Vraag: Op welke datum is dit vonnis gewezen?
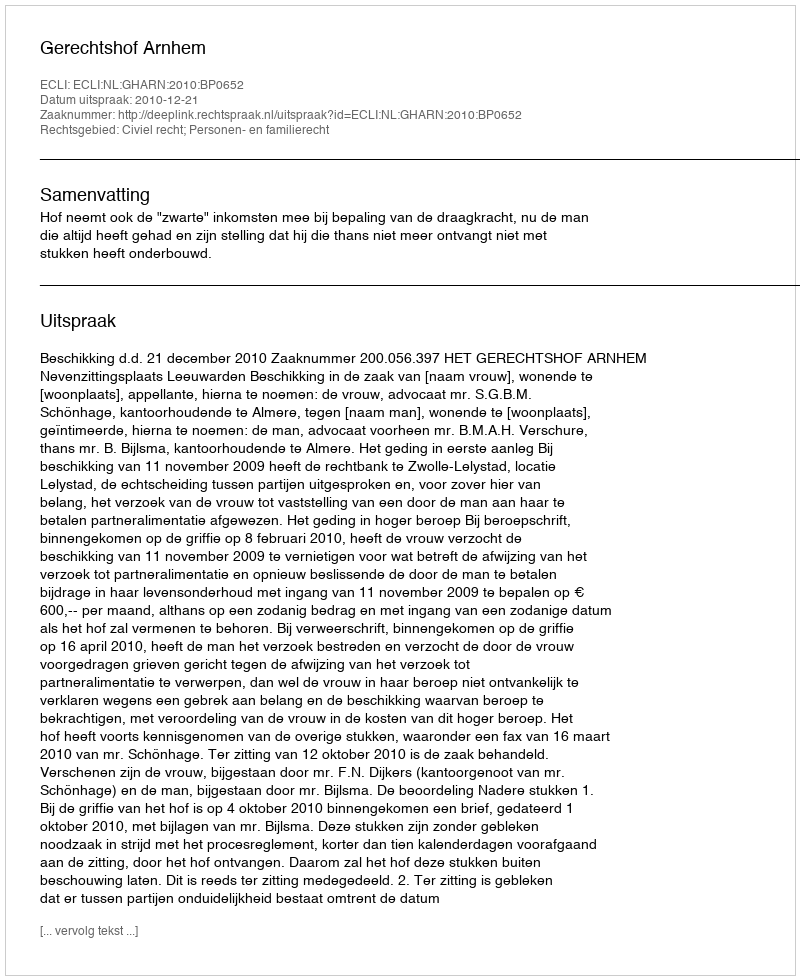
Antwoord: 2010-12-21